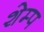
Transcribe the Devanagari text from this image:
शेम्प